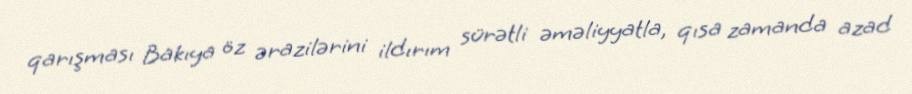
qarışması Bakıya öz ərazilərini ildırım sürətli əməliyyatla, qısa zamanda azad